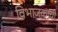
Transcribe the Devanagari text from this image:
विभाजकाची